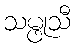
သမ္ဖုသီ